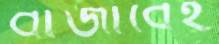
বাজাবেই